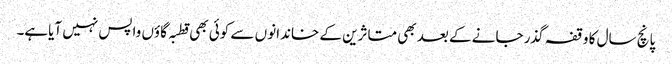
پانچ سال کا وقفہ گذر جانے کے بعد بھی متاثرین کے خاندانو ں سے کوئی بھی قطبہ گاؤں واپس نہیں آیاہے۔